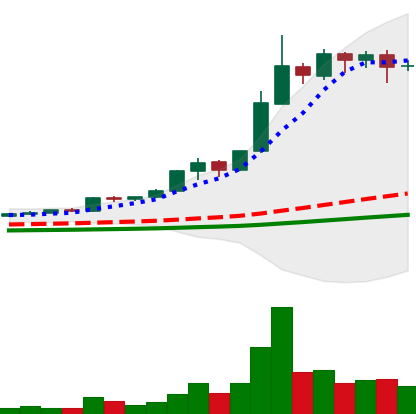
Ticker: BNB-USD
Chart end date: 2021-02-16
Forward return: 125.997%
Label: up_7plus